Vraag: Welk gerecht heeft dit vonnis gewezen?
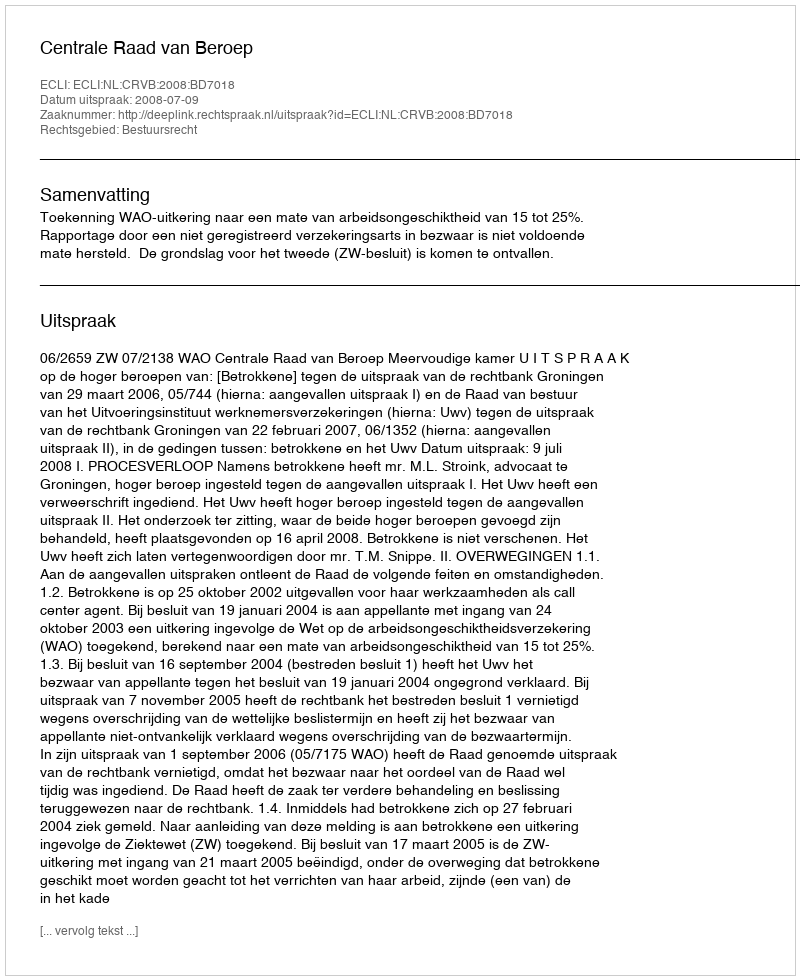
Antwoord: Centrale Raad van Beroep